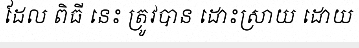
ដែល ពិធី នេះ ត្រូវបាន ដោះស្រាយ ដោយ